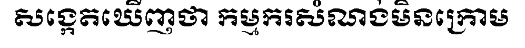
សង្កេតឃើញថា កម្មករសំណង់មិនក្រោម